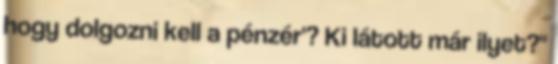
hogy dolgozni kell a pénzér'? Ki látott már ilyet?"